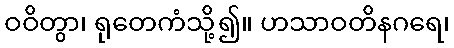
ဝဝိတွာ၊ ရုတေကံသို့၍။ ဟသာဝတိနဂရေ၊